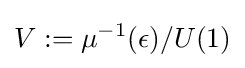
V:=\mu ^{-1}(\epsilon )/U(1)